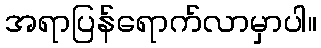
အရာပြန်ရောက်လာမှာပါ။